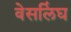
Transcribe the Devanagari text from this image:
वेसलिंघ